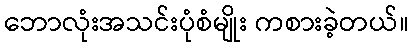
ဘောလုံးအသင်းပုံစံမျိုး ကစားခဲ့တယ်။